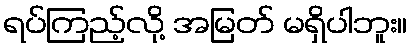
ရပ်ကြည့်လို့ အမြတ် မရှိပါဘူး။